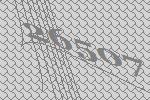
26507